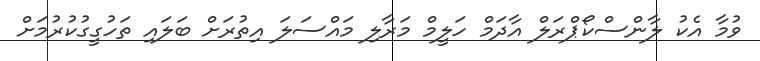
ވުމާ އެކު ލާންސްކޯޕްރަލް އާދަމް ހަލީމް މަރާލި މައްސަލަ އިތުރަށް ބަލައި ތަހުގީގުކުރުމަށް